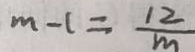
m - 1 = \frac { 1 2 } { m }